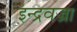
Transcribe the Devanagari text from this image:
इन्द्रवज्रा